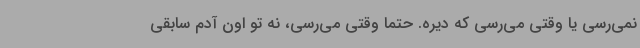
نمی‌رسی یا وقتی می‌رسی که دیره. حتماً وقتی می‌رسی، نه تو اون آدم سابقی